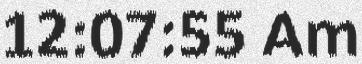
12:07:55 Am